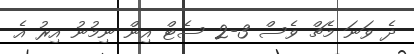
ދެ ވަނަ މެޗް ވެސް 3-2 ސެޓް އިން ނިމުނު އިރު އެ